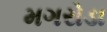
મગરોડા